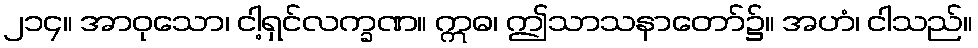
၂၁၄။ အာဝုသော၊ ငါ့ရှင်လက္ခဏ။ ဣဓ၊ ဤသာသနာတော်၌။ အဟံ၊ ငါသည်။